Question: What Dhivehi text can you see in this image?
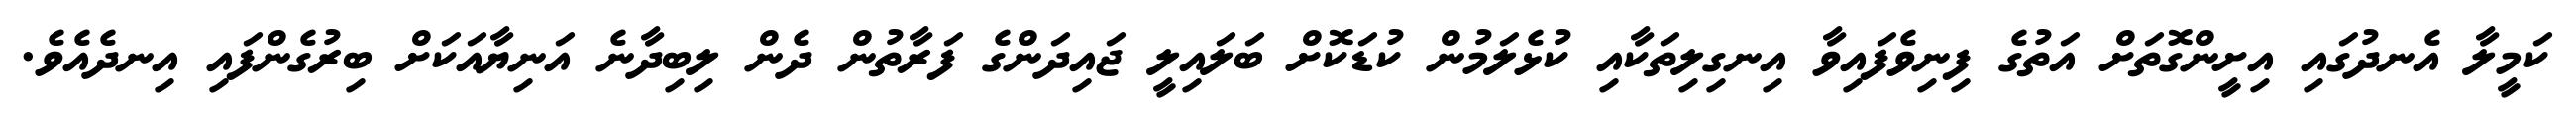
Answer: ކަމީލާ އެނދުގައި އިށީންގޮތަށް އަތުގެ ފިނިވެފައިވާ އިނގިލިތަކާއި ކުޅެލަމުން ކުޑަކޮށް ބަލައިލީ ޖައިދަންގެ ފަރާތުން ދެން ލިބިދާނެ އަނިޔާއަކަށް ބިރުގެންފައި އިނދެއެވެ.